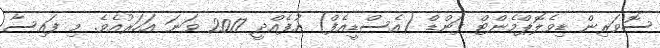
ސޮވަރިން ޑިވެލޮޕްމެންޓް ފަންޑް (އެސްޑީއެފް) އުފެއްދީ 2017 ވަނަ އަހަރުއެވެ. މި ފައިސާ